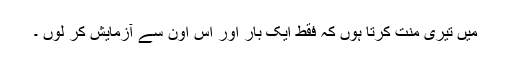
مَیں تیری مِنّت کرتا ہُوں کہ فقط ایک بار اَور اِس اُون سے آزمایش کر لُوں ۔